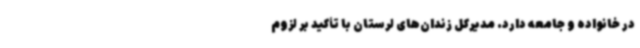
در خانواده و جامعه دارد. مدیرکل زندان‌های لرستان با تأکید بر لزوم